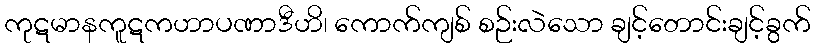
ကုဋမာနကူဋကဟာပဏာဒီဟိ၊ ကောက်ကျစ် စဉ်းလဲသော ချင့်တောင်းချင့်ခွက်